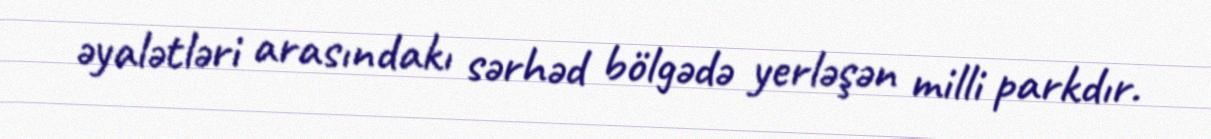
əyalətləri arasındakı sərhəd bölgədə yerləşən milli parkdır.